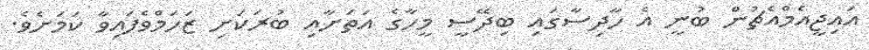
އައިޖީއެމްއެޗުން ބުނީ އެ ހާދިސާގައި ބިދޭސީ މީހާގެ އަތަށާއި ބުރަކަށި ޒަހަމްވެފައިވާ ކަމަށެވެ.